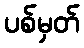
ပစ်မှတ်